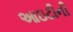
આઇટીની